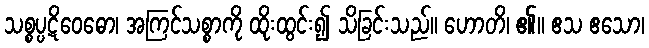
သစ္စပ္ပဋိဝေဓော၊ အကြင်သစ္စာကို ထိုးထွင်း၍ သိခြင်းသည်။ ဟောတိ၊ ၏။ ဧသ ဧသော၊